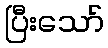
ပြီးသော်